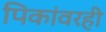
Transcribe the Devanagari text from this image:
पिकांवरही